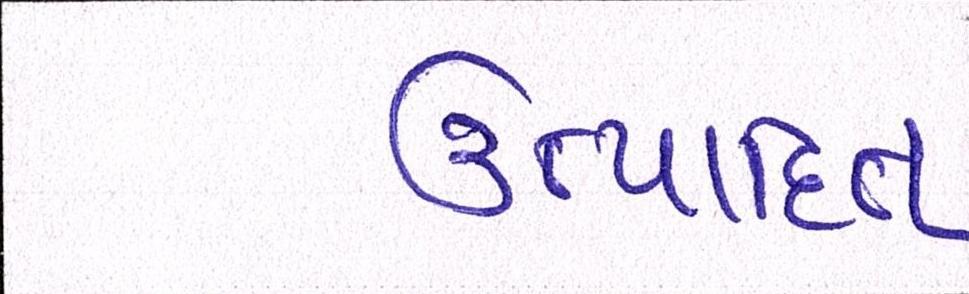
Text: ઉત્પાદિત